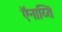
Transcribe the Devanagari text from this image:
ऍनाय्ति